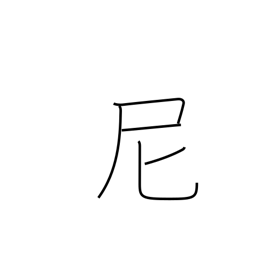
Meaning: nun